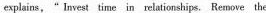
explains," Invest time in relationshīps. Remove the